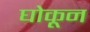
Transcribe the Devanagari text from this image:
घोकून